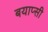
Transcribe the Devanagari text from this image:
बयाप्सी